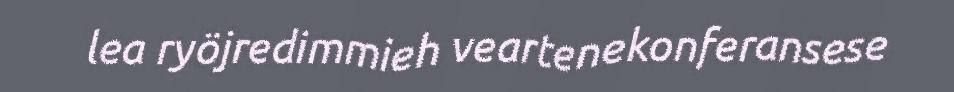
lea ryöjredimmieh veartenekonferansese